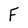
Character: F